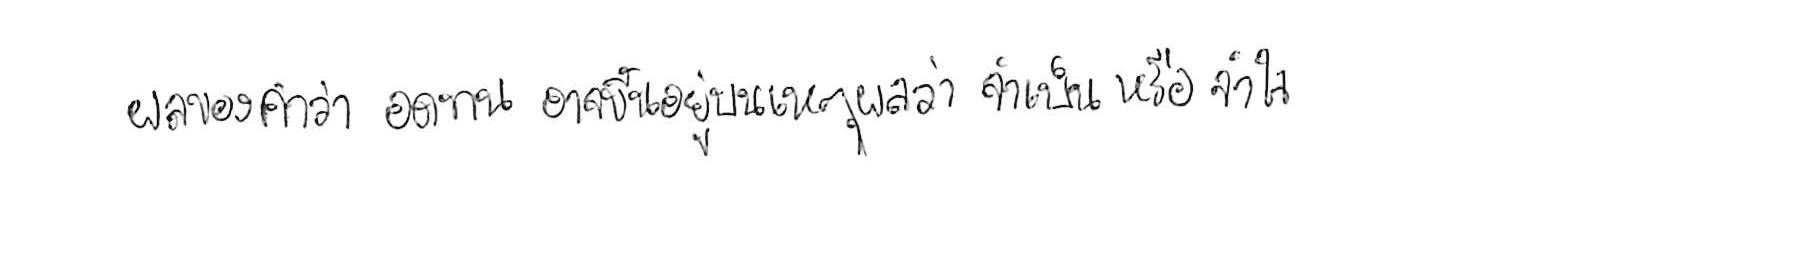
ผลของคำว่า อดทน อาจขึ้นอยู่บนเหตุผลว่า จำเป็น หรือ จำใจ